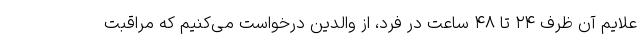
علایم آن ظرف ۲۴ تا ۴۸ ساعت در فرد، از والدین درخواست می‌کنیم که مراقبت